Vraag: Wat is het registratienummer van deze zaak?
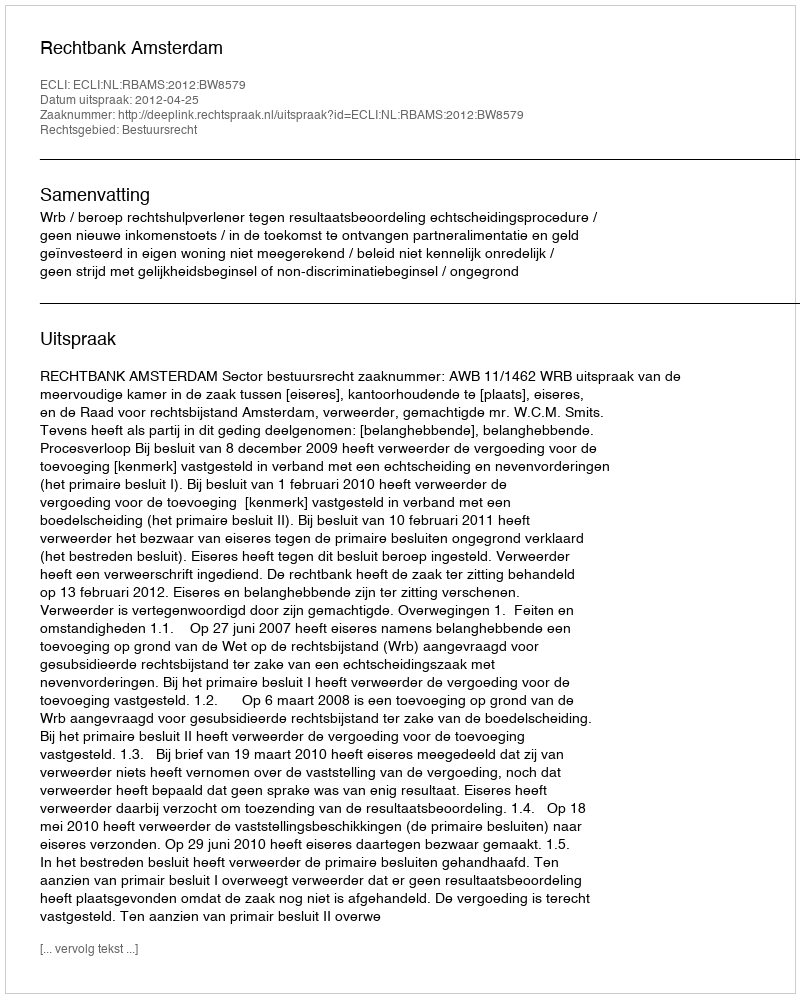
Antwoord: http://deeplink.rechtspraak.nl/uitspraak?id=ECLI:NL:RBAMS:2012:BW8579